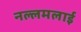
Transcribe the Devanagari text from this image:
नल्लमलाई